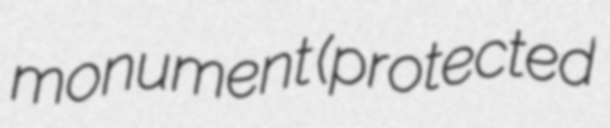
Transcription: monument (protected